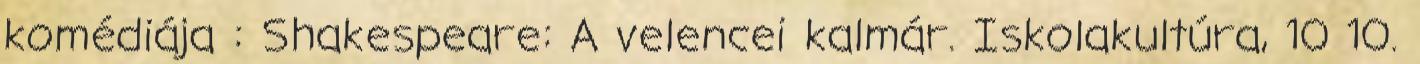
komédiája : Shakespeare: A velencei kalmár. Iskolakultúra, 10 10.